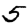
Digit: 5